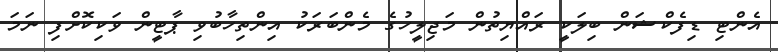
އެންޓި ޑިފެކްޝަން ބިލަކީ ރައްޔިތުން މަޖިލީހުގެ މެންބަރަކު އިންތިހާބުވި ޕާޓީން ވަކިކޮށްފި ނަމަ